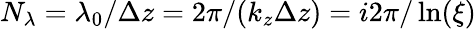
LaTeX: N_{\lambda}=\lambda_{0}/\Delta z=2\pi/(k_{z}\Delta z)=i2\pi/\ln(\xi)